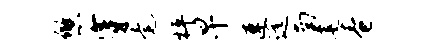
悠穿毫枰早速远南建卷